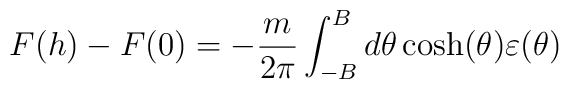
F(h)-F(0)=-\frac{m}{2\pi }\int_{-B}^{B}d\theta \cosh (\theta )\varepsilon(\theta )